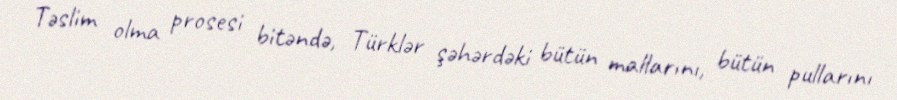
Təslim olma prosesi bitəndə, Türklər şəhərdəki bütün mallarını, bütün pullarını